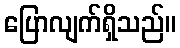
ပြောလျက်ရှိသည်။